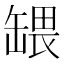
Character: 𬙒